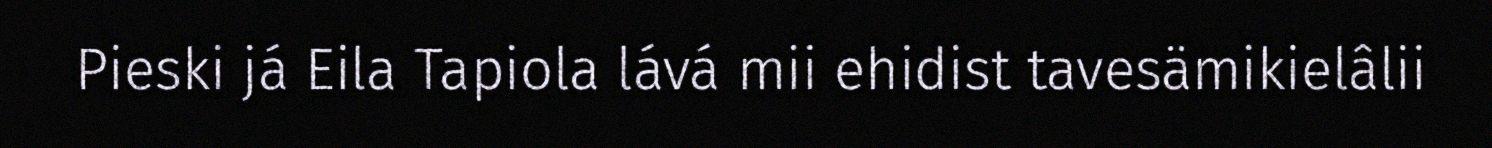
Pieski já Eila Tapiola lává mii ehidist tavesämikielâlii